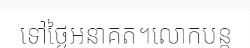
ទៅថ្ងៃអនាគត។លោកបន្ត